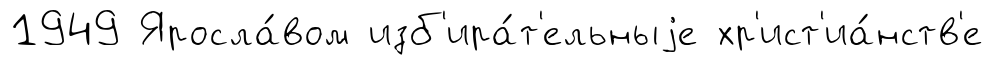
1949 Яросла́вом изб'ира́т'ельныjе хр'ист'иа́нств'е